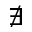
\nexists